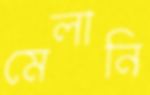
মেলানি